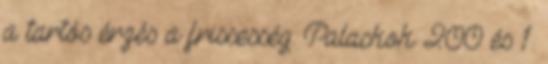
a tartós érzés a frissesség. Palackok 200 és 1.